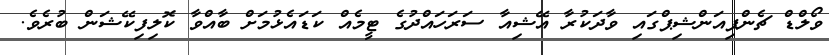
ވޯލްޑް ޗެންޕިއަންޝިޕްގައި ވާދަކުރާ އޭޝިއާ ސަރަހައްދުގެ ޓީމެއް ކަޑައެޅުމަށް ބާއްވާ ކޮލިފިކޭޝަން ބުރެވެ.